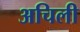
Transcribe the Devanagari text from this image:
अचिली